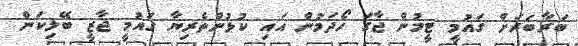
ބަރާބަރަށް ގައުމީ ޓީމުން ޖާގަ ހޯދަމުން އައި ކުޅުންތެރިޔާ ގައުމީ ޖާޒީ ބޭލިކަން